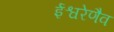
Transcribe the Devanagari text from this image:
ईश्वरेणैव